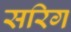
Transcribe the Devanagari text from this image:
सरिग